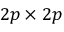
2 p \times 2 p